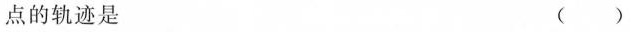
点的轨迹是 ( )